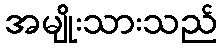
အမျိုးသားသည်